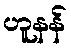
ဟူနန်